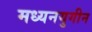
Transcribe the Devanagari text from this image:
मध्यनयुगीन